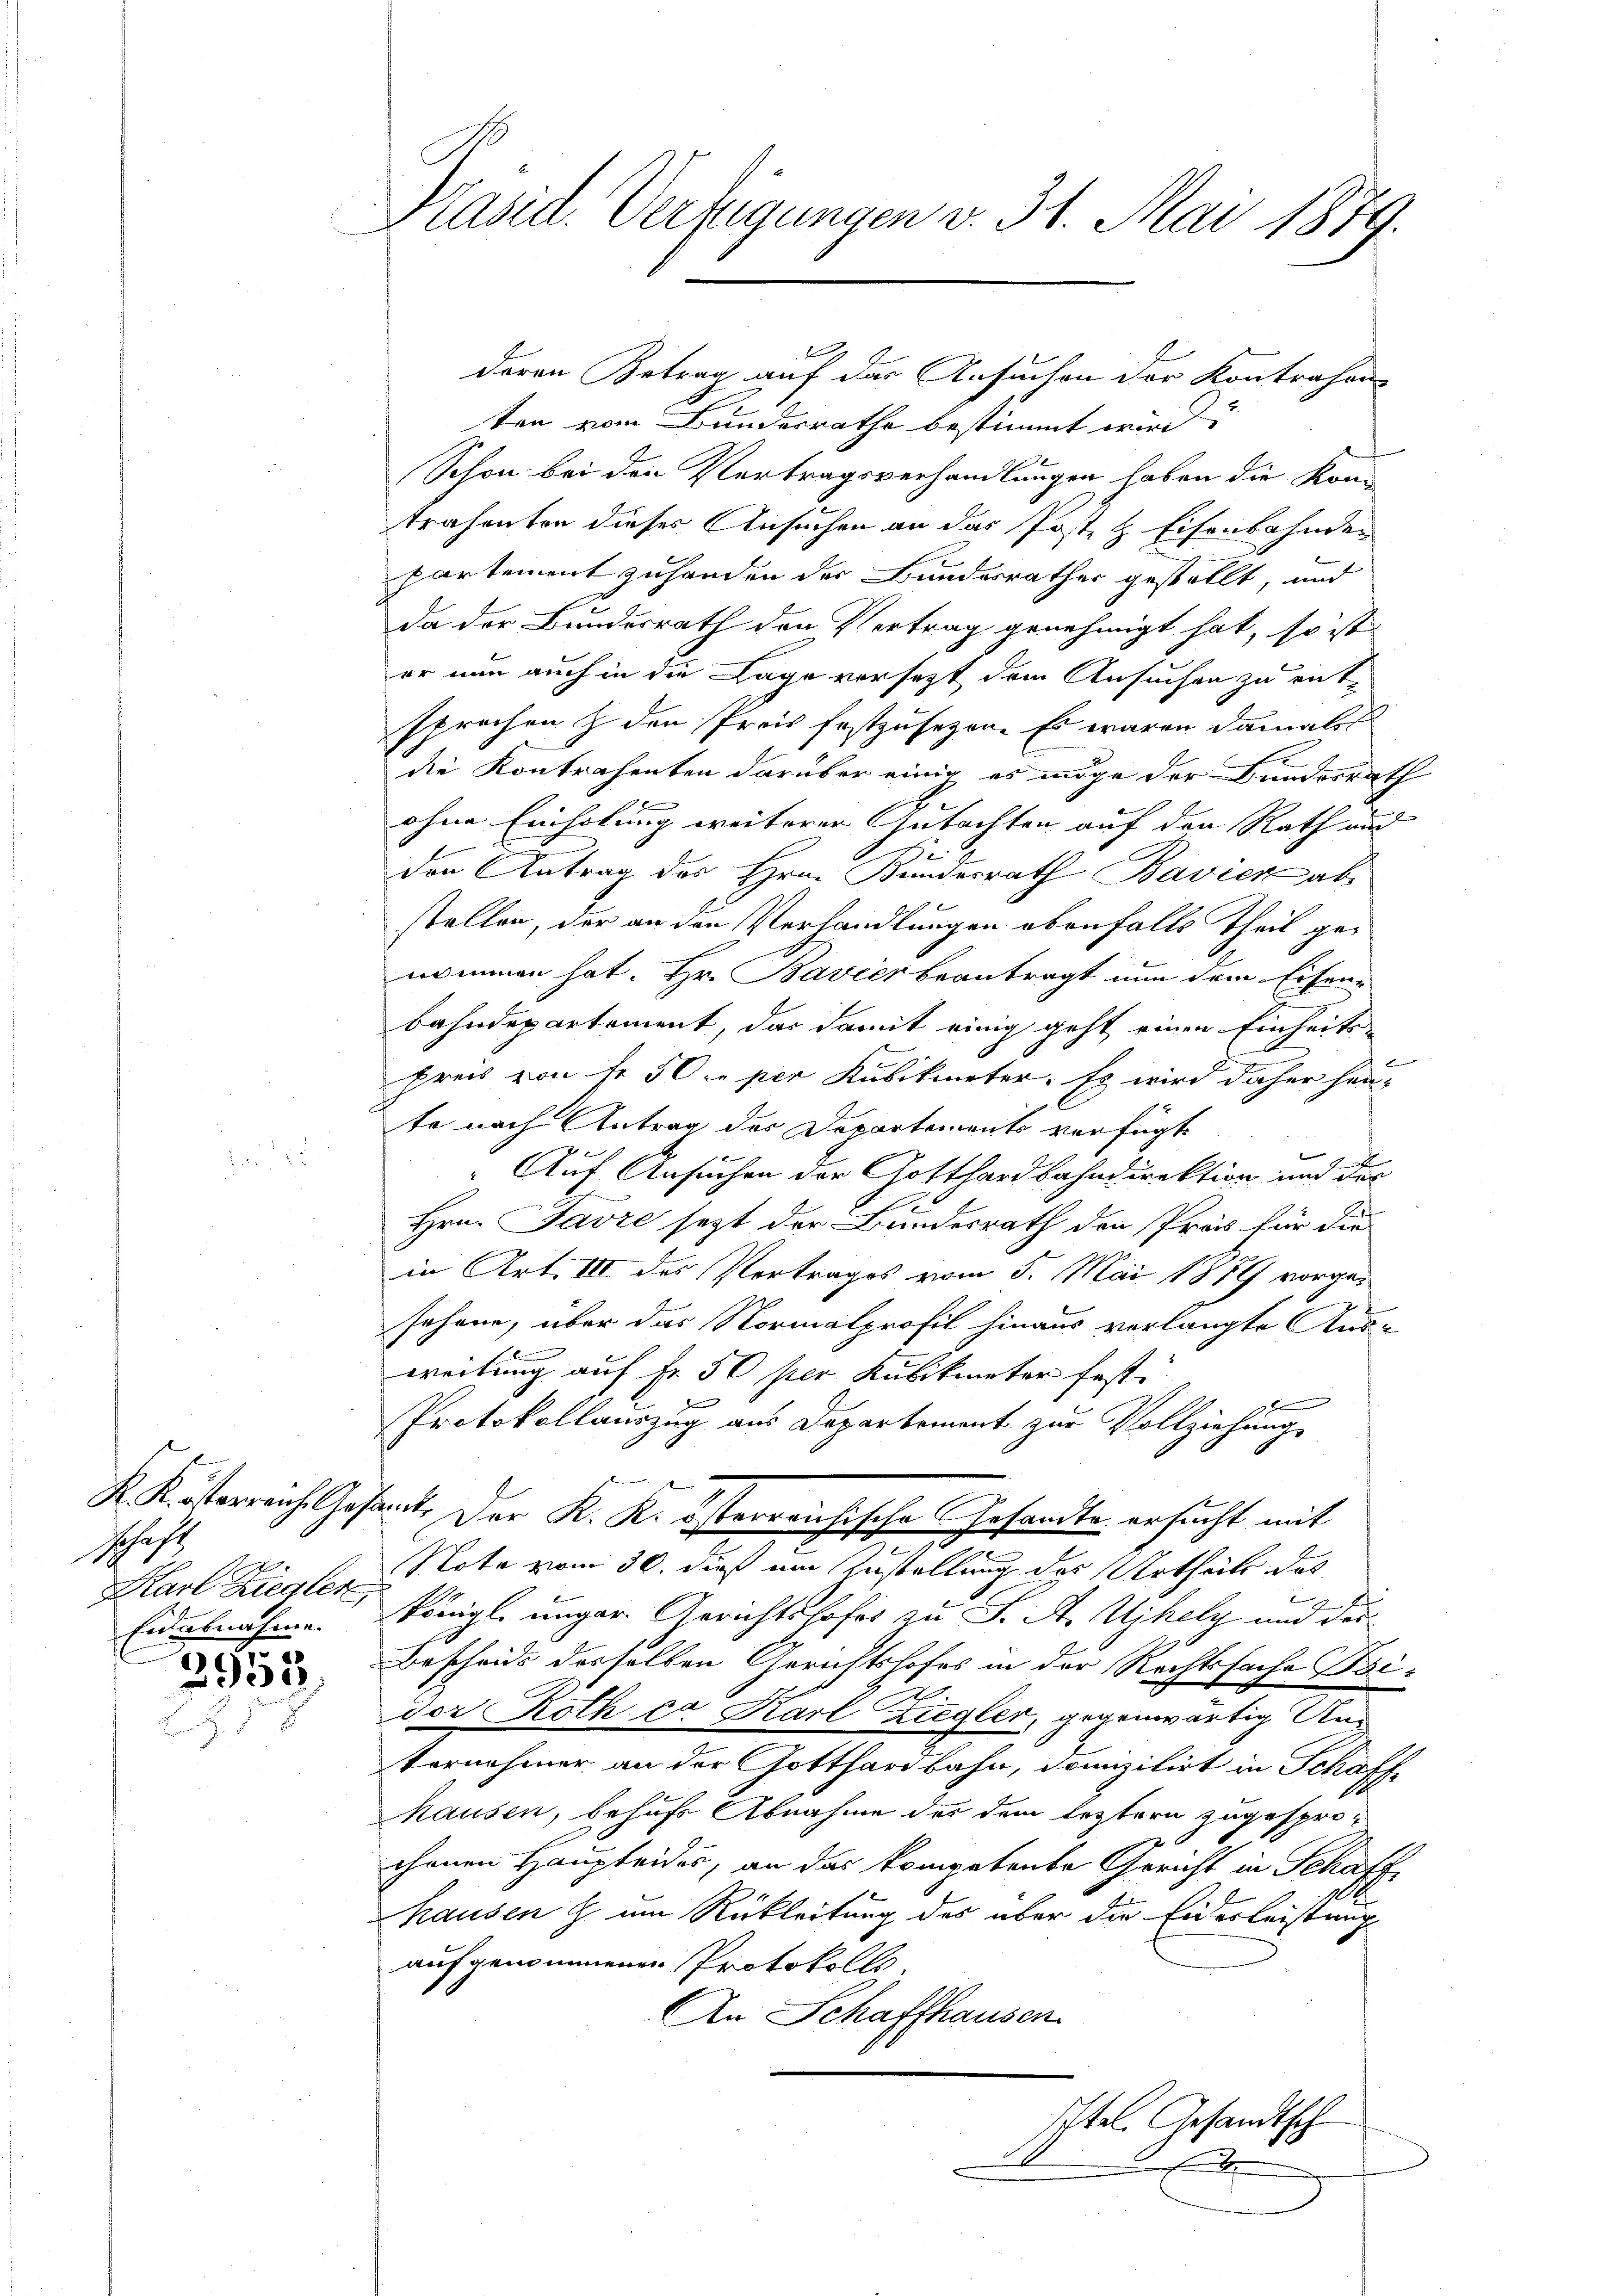
Schaft
Eidesnahme.
1

1353.

Präsid. Verfügungen v. 31. Mai 1879.

ten vom Bunderrathe bestimmt wird.
Schon bei den Vertragsverhandlungen haben die Kon-
trahenten dieses Ansuchen an das Poste & Eisenbahnden
partement zuhanden der Bundesrathes gestellt, und
da der Bundesrath den Vertrag genehmigt hat, so ist
er nun auch in die Lage versezt dem Ansuchen zu entsprochen & den Preis festzusezen. Es waren damals
die Kontrahenten darüber einig es möge der Bundesrath
F
ohne Einholung weiterer Gutachten auf den Rath und
den Antrag des Hrn. Kundesrath Bavier ab
stellen, der an den Verhandlungen ebenfalls Theil genommen hat. Hr. Bavier beantragt nun dem Eisenbahndepartement, das damit einig geht einen Einheitspreis von fr. 50 per Kubikmeter. Es wird daher heu-
te nach Antrag der Departements verfügt

g
Auf Ansuchen der Gotthardbahndirektion und der
 x
Hrn. Javre sezt der Bundesrath den Preis für die
in Art. III des Vertrages vom 5. Mai 1889 vorge¬
2
Johann, über das Normalprofil hinaus verlangte Aus-
weitung auf fr. 50 per Kubikmeter festi
x
Protokollauszug aus Departement zur Vollziehungs
K Kisterreich Gesamt, der K. K. österreichische Gesandte ersucht mit
7
Karl Ziegler Note vom 30. dieß um Zustellung des Urtheils des
königl. unger Gerichtshofes zu S. A. Ujhely und der¬
Bescheide desselben Gerichtshofes in der Rechtssache Bi¬
2
der Roth ca Karl Zugler, gegenwärtig Untornehmer an der Gotthardbahn, domizilirt in Schaff
Mausen, behufs Abnahme des dem leztern zugesprochenen Haupteides, an das kompetente Gericht in Schaffhausen h um Rückleitung des über die Eiderleistung
aufgenommenen Protokolls.
An Schaffhausen.
tel. Gesandtsch

E

deron Betrag auf das Ansuchen der Kontrahen

x